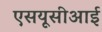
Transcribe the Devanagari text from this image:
एसयूसीआई